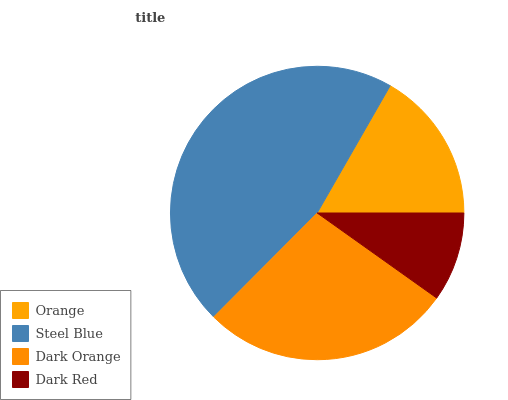
| Orange | Steel Blue | Dark Orange | Dark Red |
 | --- | --- | --- | --- |
 | 16.7% | 45.8% | 27.7% | 9.83% |